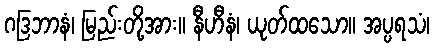
ဂဒြဘာနံ၊ မြည်းတို့အား။ နီဟီနံ၊ ယုတ်ထသော။ အပ္ပရသံ၊